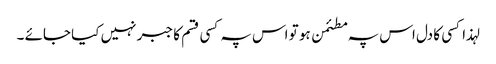
لہذا کسی کا دل اس پہ مطئمن ہو تو اس پہ کسی قسم کا جبر نہیں کیا جائے ۔